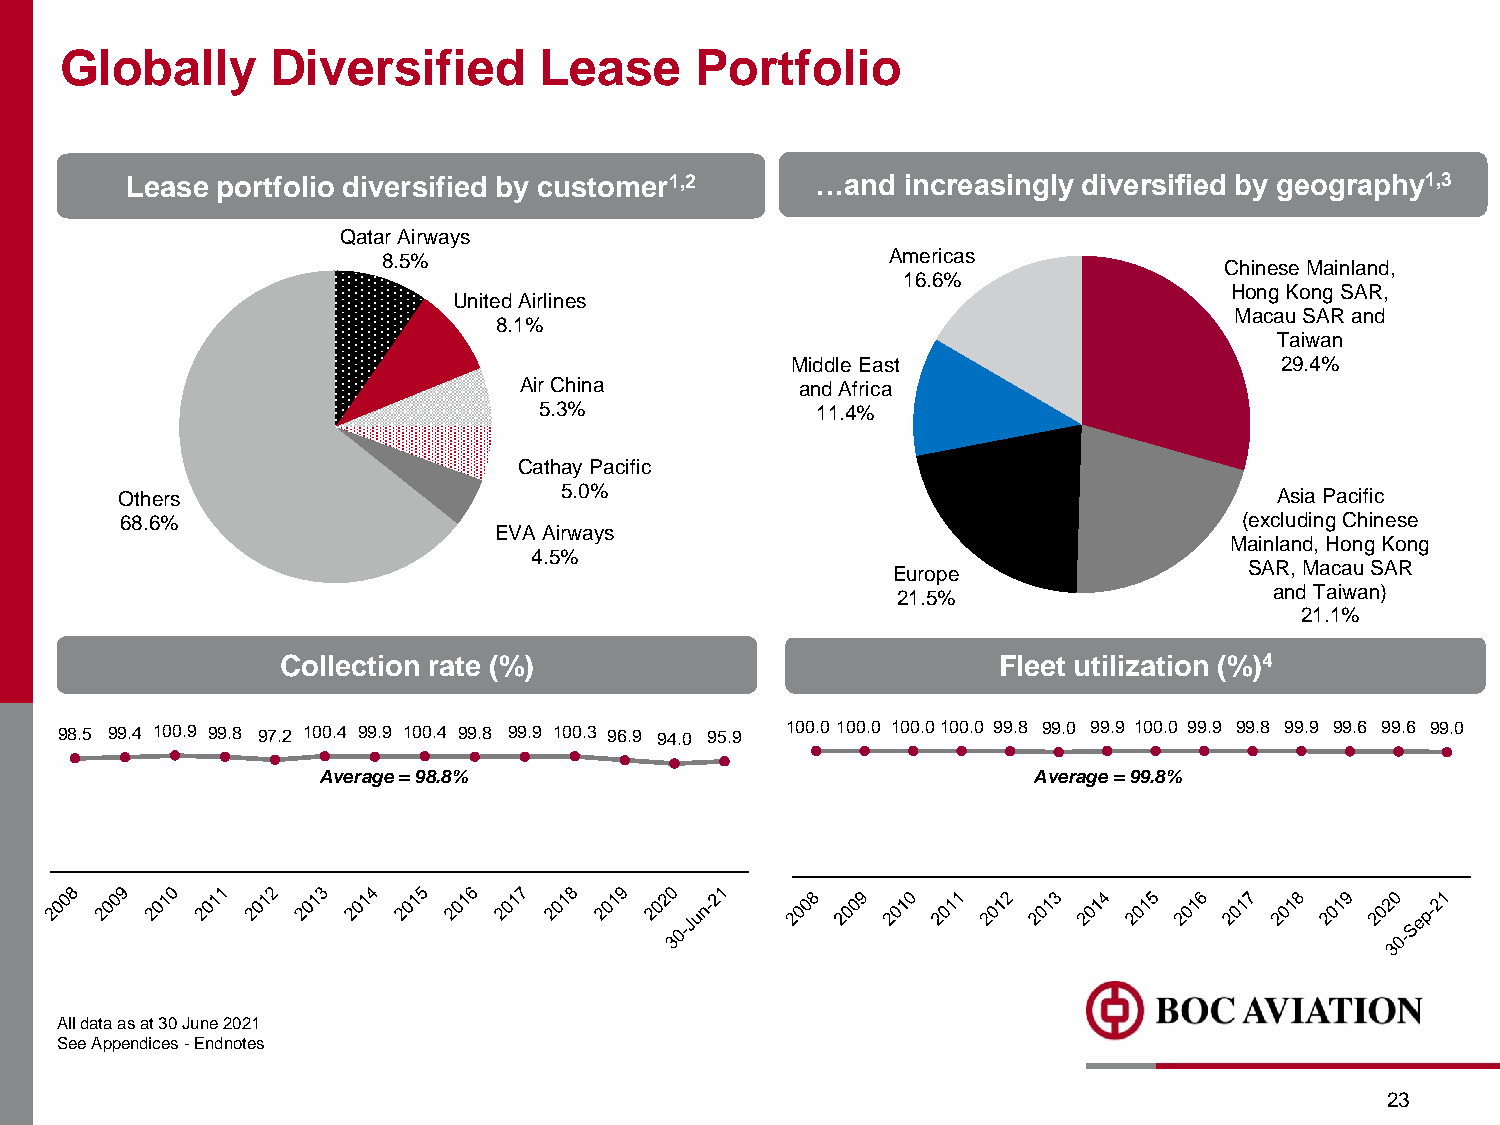
Globally      Diversified       Lease     Portfolio
 Lease portfolio diversified by customer1,2    …and  increasingly diversified by geography1,3
 Qatar Airways
 8.5%                              Americas
 Chinese Mainland,
 16.6%
 Hong Kong SAR,
 United Airlines
 Macau SAR and
 8.1%
 Taiwan
 Middle East                      29.4%
 Air China          and Africa
 5.3%              11.4%
 Cathay Pacific
 Others                       5.0%                                            Asia Pacific
 68.6%                                                                     (excluding Chinese
 EVA Airways
 Mainland, Hong Kong
 4.5%
 Europe                  SAR, Macau SAR
 21.5%                    and Taiwan)
 21.1%
 Collection rate (%)                            Fleet utilization (%)4
 98.5 99.4 100.9 99.8 97.2 100.4 99.9 100.4 99.8 99.9 100.3 96.9 94.0 95.9 100.0 100.0 100.0100.0 99.8 99.0 99.9 100.0 99.9 99.8 99.9 99.6 99.6 99.0
 Average = 98.8%                                Average = 99.8%
 Alldataasat30June2021
 SeeAppendices-Endnotes
 23